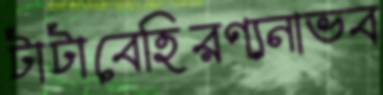
টাটাবেহিরণ্যনাভব